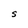
Character: S